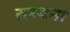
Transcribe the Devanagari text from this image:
सरथना